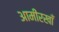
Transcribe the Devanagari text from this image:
आमीरखाँ